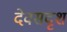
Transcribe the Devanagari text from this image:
देवसदृश